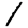
Digit: 1